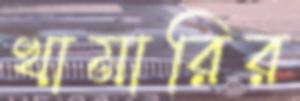
খামারির